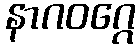
နာဂဝဂ္ဂေ